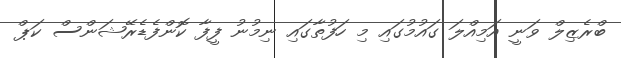
ބްރެޒިލް ވަނީ އަމިއްލަ ގައުމުގައި މި ހަފުތާގައި ނިމުނު ފީފާ ކޮންފެޑެރޭޝަންސް ކަޕް